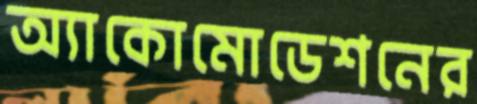
অ্যাকোমোডেশনের